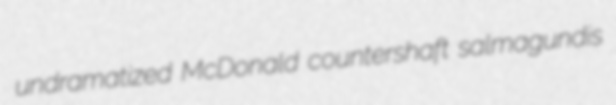
undramatized McDonald countershaft salmagundis